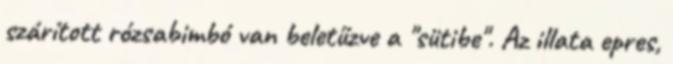
szárított rózsabimbó van beletűzve a "sütibe". Az illata epres,